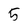
Character: 5